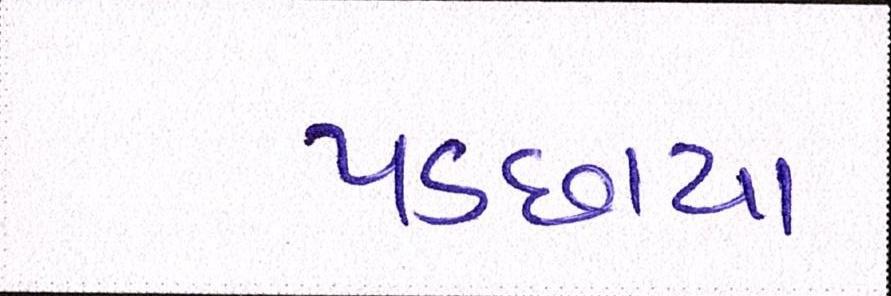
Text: પડછાયા